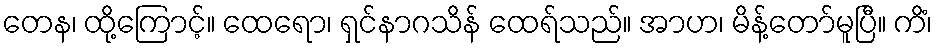
တေန၊ ထို့ကြောင့်။ ထေရော၊ ရှင်နာဂသိန် ထေရ်သည်။ အာဟ၊ မိန့်တော်မူပြီ။ ကိံ၊